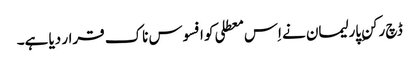
ڈچ رکنِ پارلیمان نے اِس معطلی کو افسوس ناک قرار دیا ہے۔